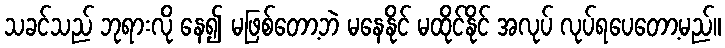
သခင်သည် ဘုရားလို နေ၍ မဖြစ်တော့ဘဲ မနေနိုင် မထိုင်နိုင် အလုပ် လုပ်ရပေတော့မည်။